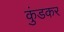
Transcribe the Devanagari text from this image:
कुंडकर